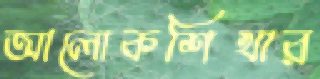
আলোকশিখার